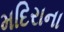
મદિરાના